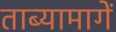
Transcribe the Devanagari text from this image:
ताब्यामागें